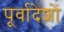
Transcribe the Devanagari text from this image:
पूर्वादेशों